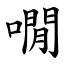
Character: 㗴